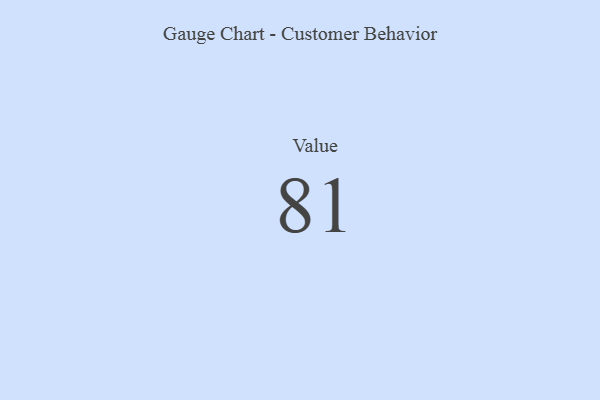
{"axis": {"x": "Metric", "y": "Value"}, "legend": [""], "data": [{"x": "Value", "y": 81, "type": ""}]}